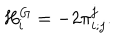
LaTeX: { } H _ { i } ^ { G } = - 2 { \pi } _ { i ; j } ^ { j } .